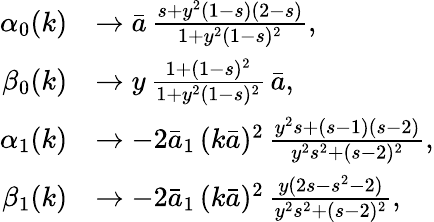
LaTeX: \begin{array}{rl}{\alpha_{0}(k)}&{\to\bar{a}\, \frac{s+y^{2}(1-s)(2-s)}{1+y^{2}(1-s)^{2}},}\\ {\beta_{0}(k)}&{\to y\, \frac{1+(1-s)^{2}}{1+y^{2}(1-s)^{2}}\, \bar{a},}\\ {\alpha_{1}(k)}&{\to-2\bar{a}_{1}\, (k\bar{a})^{2}\, \frac{y^{2}s+(s-1)(s-2)}{y^{2}s^{2}+(s-2)^{2}},}\\ {\beta_{1}(k)}&{\to-2\bar{a}_{1}\, (k\bar{a})^{2}\, \frac{y(2s-s^{2}-2)}{y^{2}s^{2}+(s-2)^{2}},}\end{array}